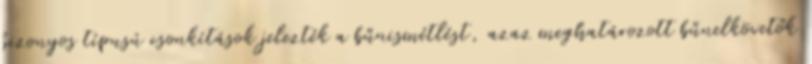
bizonyos típusú csonkítások jelezték a bűnismétlést, azaz meghatározott bűnelkövetők